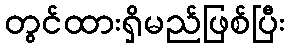
တွင်ထားရှိမည်ဖြစ်ပြီး